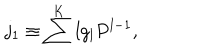
LaTeX: j _ { 1 } \equiv \sum ^ { K } l g _ { l } P ^ { l - 1 } ,